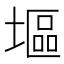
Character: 塸